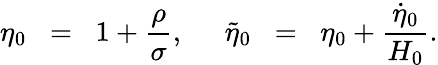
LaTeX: \eta_{0}\; \; =\; \; 1+\frac{\rho}{\sigma},\; \; \; \; \; \tilde{\eta}_{0}\; \; =\; \; \eta_{0}+\frac{\dot{\eta}_{0}}{H_{0}}.